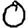
Digit: 0